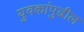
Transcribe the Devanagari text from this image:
युवकांपुढील